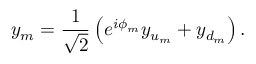
y _ { m } = \frac { 1 } { \sqrt { 2 } } \left( e ^ { i \phi _ { m } } y _ { u _ { m } } + y _ { d _ { m } } \right) .